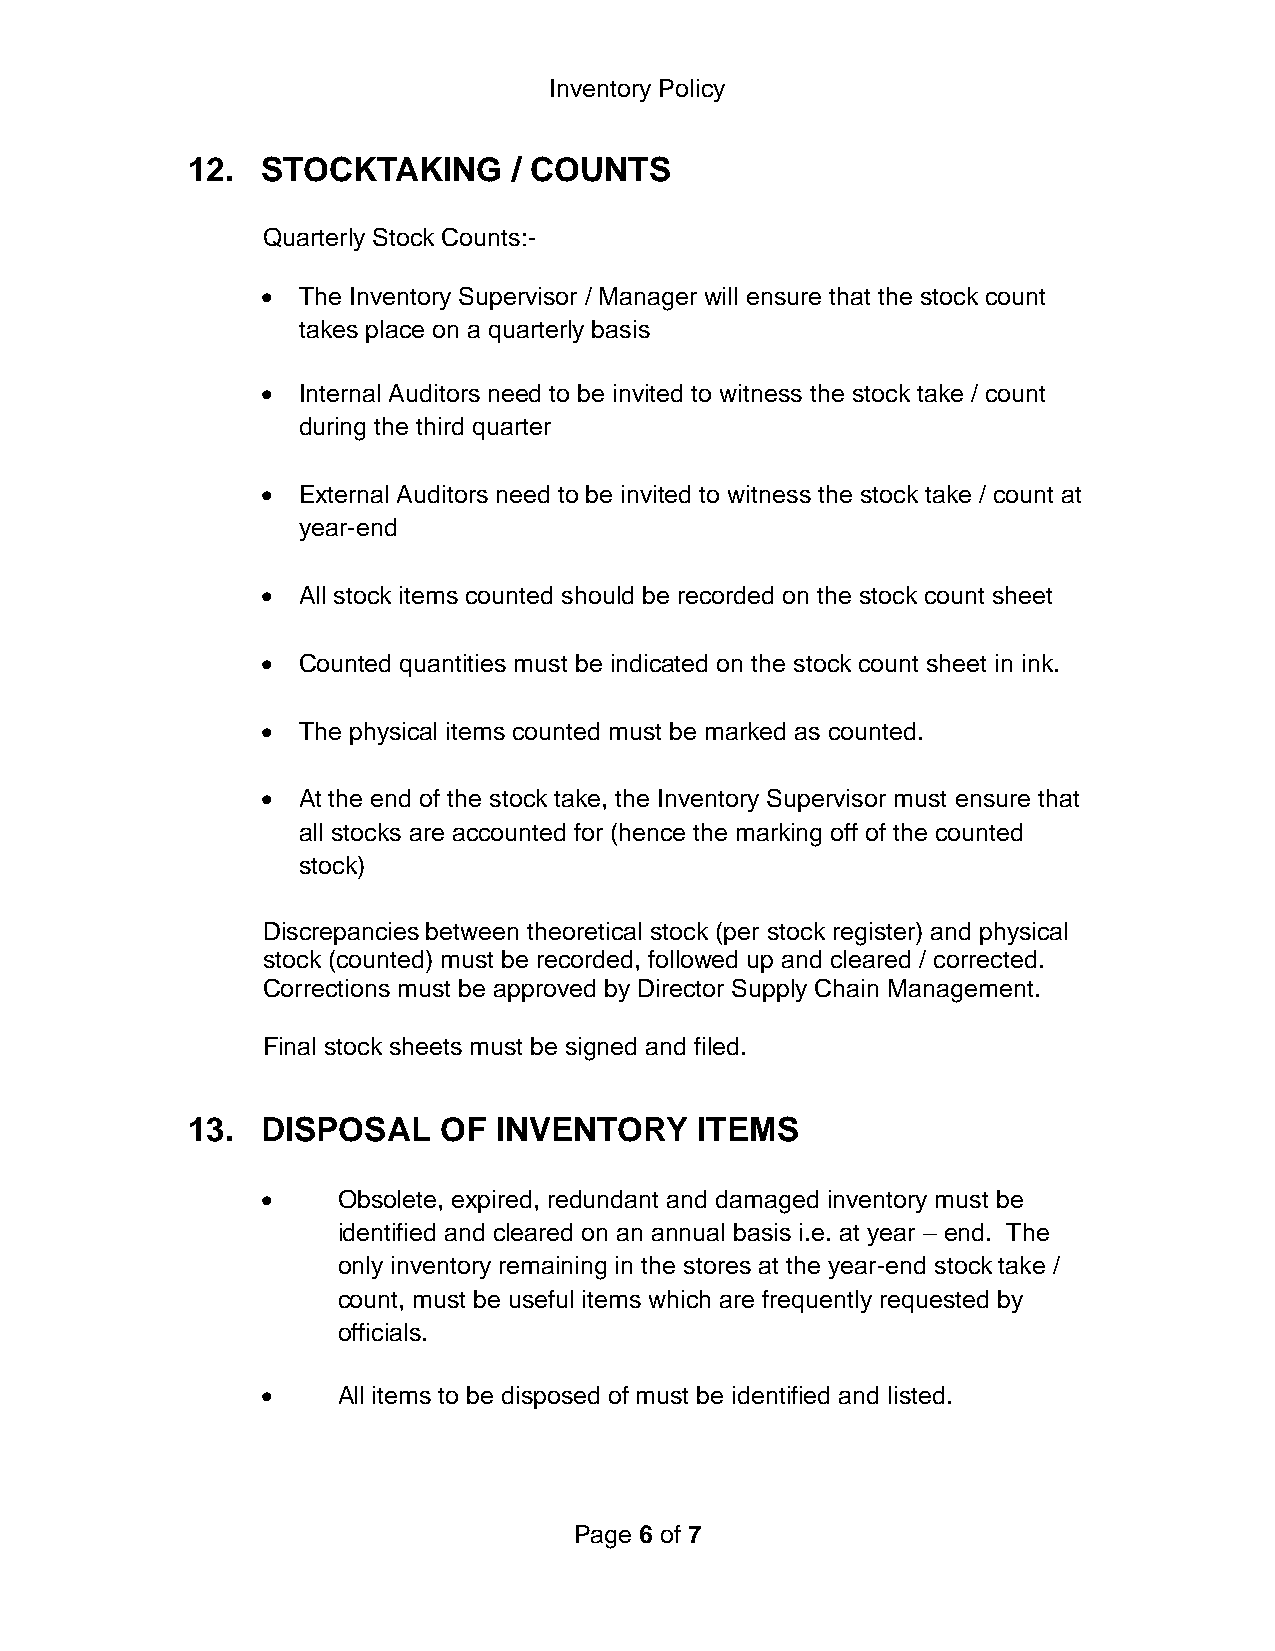
Inventory Policy
 12.  STOCKTAKING      / COUNTS
 Quarterly Stock Counts:-
   The Inventory Supervisor / Manager will ensure that the stock count
 takes place on a quarterly basis
   Internal Auditors need to be invited to witness the stock take / count
 during the third quarter
   External Auditors need to be invited to witness the stock take / count at
 year-end
   All stock items counted should be recorded on the stock count sheet
   Counted quantities must be indicated on the stock count sheet in ink.
   The physical items counted must be marked as counted.
   At the end of the stock take, the Inventory Supervisor must ensure that
 all stocks are accounted for (hence the marking off of the counted
 stock)
 Discrepancies between theoretical stock (per stock register) and physical
 stock (counted) must be recorded, followed up and cleared / corrected.
 Corrections must be approved by Director Supply Chain Management.
 Final stock sheets must be signed and filed.
 13.  DISPOSAL    OF  INVENTORY    ITEMS
     Obsolete, expired, redundant and damaged inventory must be
 identified and cleared on an annual basis i.e. at year – end. The
 only inventory remaining in the stores at the year-end stock take /
 count, must be useful items which are frequently requested by
 officials.
     All items to be disposed of must be identified and listed.
 Page 6 of 7